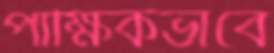
পাক্ষিকভাবে